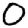
Digit: 0